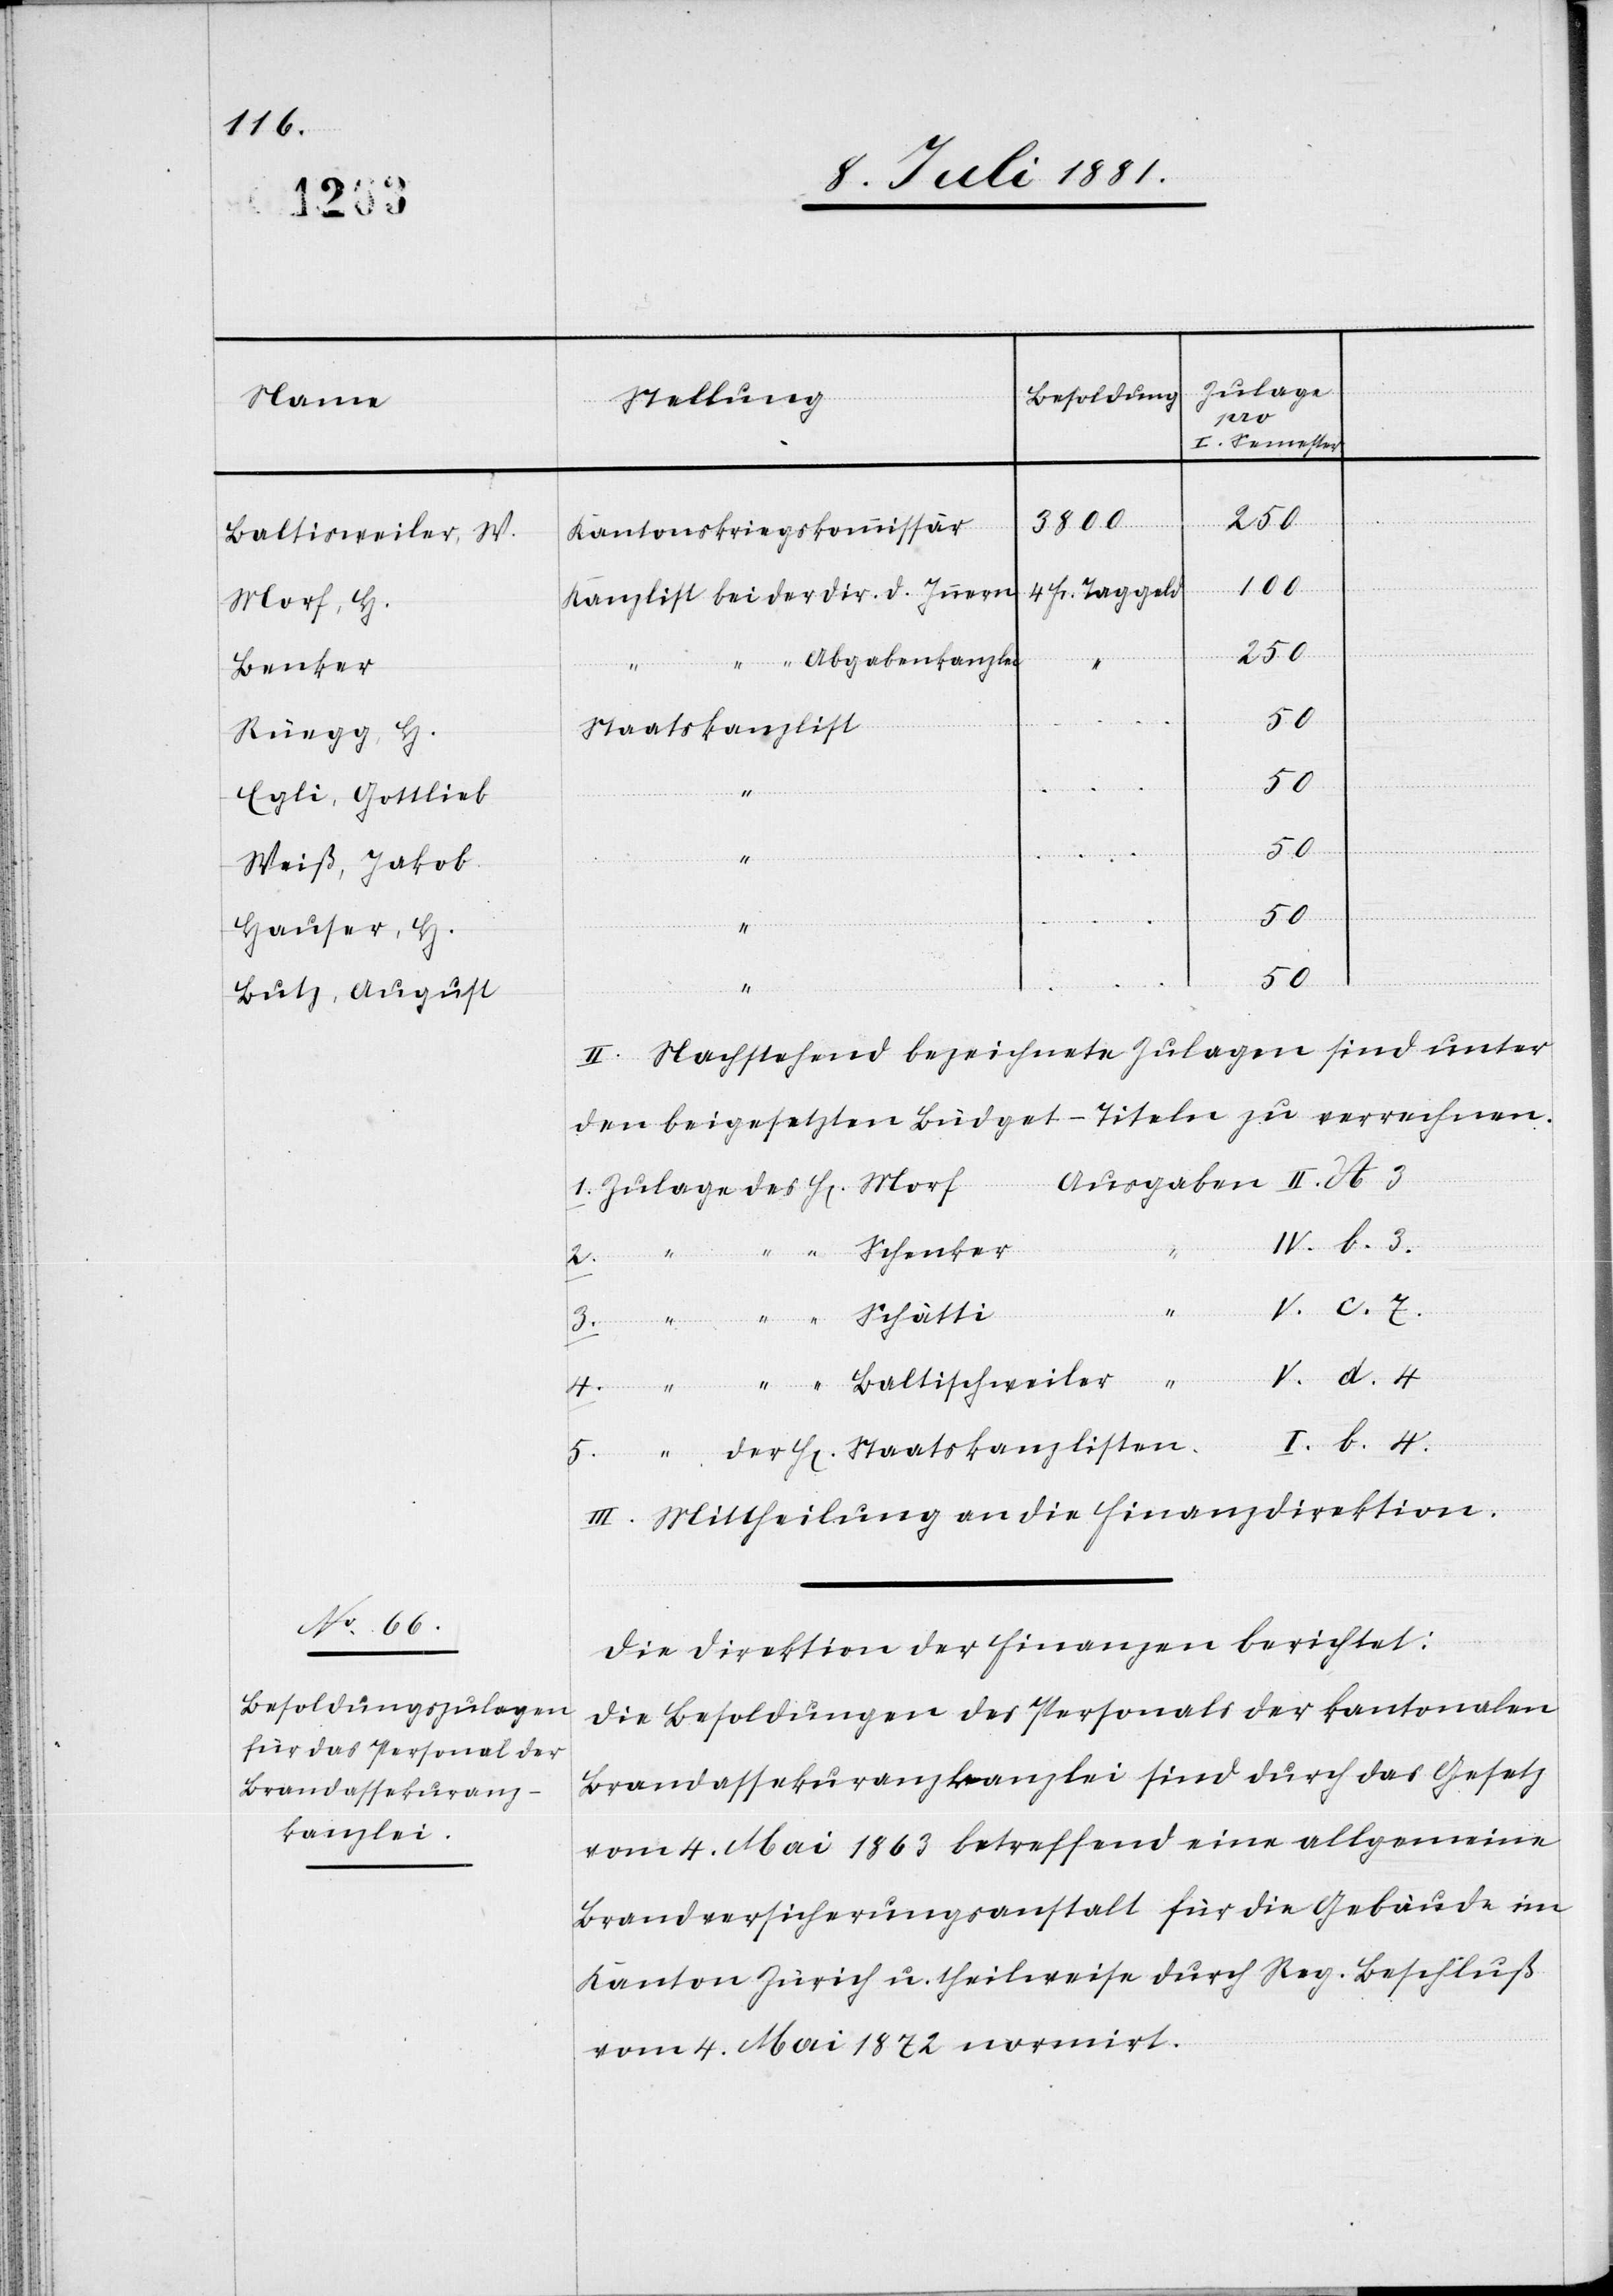
Baltisweilser, W.
Morf, H.
Rüegg, H.
Egli, Gottlieb
Weiß, Jakob
Hauser, H.
Lutz, August

H[erren]
Zulage
d.
3
250
3800
Kantonskriegskommissär
V.
4 Fr. Taggeld
Staatskanzlist¬
50
en
II.
4
5.
der
II. Nachstehend bezeichnete Zulagen sind unter
den beigesetzten Büdget-Titeln zu verrechnen.
Schenker
c.
4.
I. b. 4.
III. Mittheilung an die Finanzdirektion.
Die Direktion der Finanzen berichtet:
Die Besoldungen des Personals der kantonalen
Brandassekuranzkanzlei sind durch das Gesetz
vom 4. Mai 1863 betreffend eine allgemeine
Brandversicherungsanstalt für die Gebäude im
Kanton Zürich u. theilweise durch Reg. Beschluß
vom 4. Mai 1872 normirt.